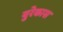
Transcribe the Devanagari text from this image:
युरेकास